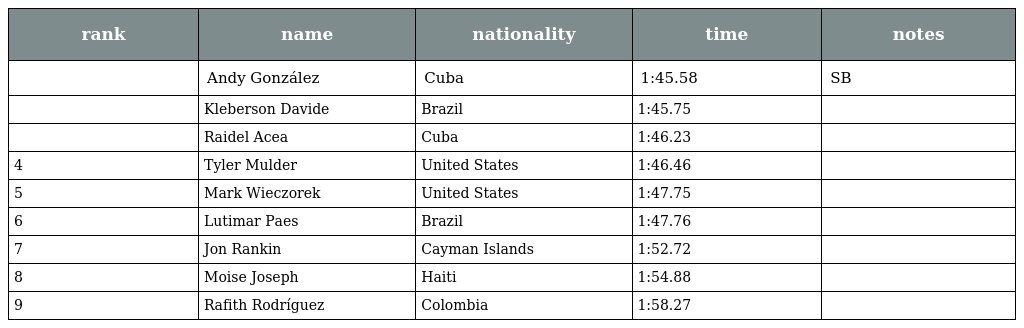
| rank | name | nationality | time | notes |
 | --- | --- | --- | --- | --- |
 |  | Andy González | Cuba | 1:45.58 | SB |
 |  | Kleberson Davide | Brazil | 1:45.75 |  |
 |  | Raidel Acea | Cuba | 1:46.23 |  |
 | 4 | Tyler Mulder | United States | 1:46.46 |  |
 | 5 | Mark Wieczorek | United States | 1:47.75 |  |
 | 6 | Lutimar Paes | Brazil | 1:47.76 |  |
 | 7 | Jon Rankin | Cayman Islands | 1:52.72 |  |
 | 8 | Moise Joseph | Haiti | 1:54.88 |  |
 | 9 | Rafith Rodríguez | Colombia | 1:58.27 |  |